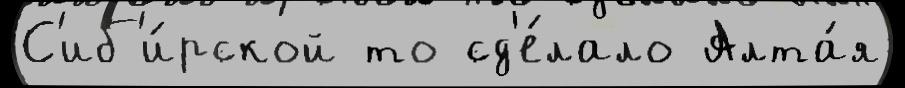
С'иб'и́рской то сд'е́лало Алта́я